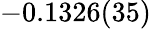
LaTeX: -0.1326(35)